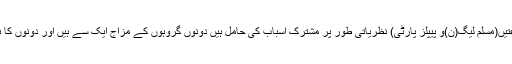
دونوں مرکزی جماعتیں(مسلم لیگ(ن)و پیپلز پارٹی) نظریاتی طور پر مشترک اسباب کی حامل ہیں دونوں گروہوں کے مزاج ایک سے ہیں اور دونوں کا نصب العین ایک ہے۔